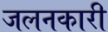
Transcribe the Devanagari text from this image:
जलनकारी